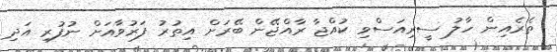
ތެރެއިން ހާލު ސީރިއަސްވި ކުއްޖާ ރާއްޖޭން ބޭރަށް އިތުރު ފަރުވާއަށް ނުފުރި އަދި